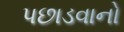
પછાડવાનો